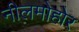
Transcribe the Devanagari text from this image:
नीलमोहोर